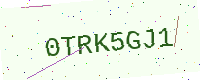
Text: 0TRK5GJ1